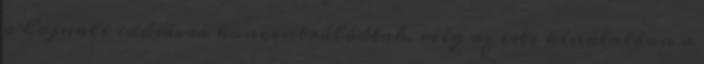
a hajnali idősávra koncentrálódtak, míg az esti kínálatban a